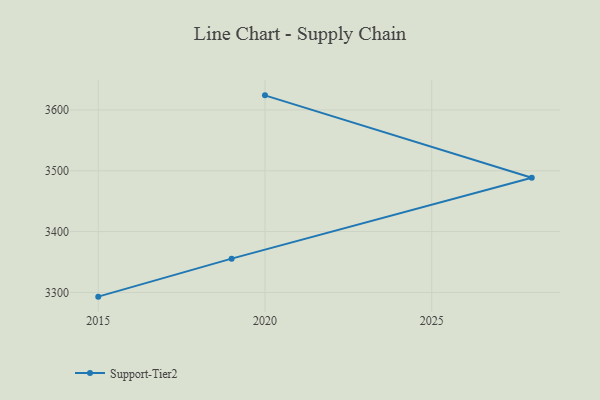
{"axis": {"x": "Year", "y": "LTV (USD)"}, "legend": ["Support-Tier2"], "data": [{"x": "2015", "y": 3293.1, "type": "Support-Tier2"}, {"x": "2019", "y": 3355.6, "type": "Support-Tier2"}, {"x": "2028", "y": 3488.6, "type": "Support-Tier2"}, {"x": "2020", "y": 3624.0, "type": "Support-Tier2"}]}